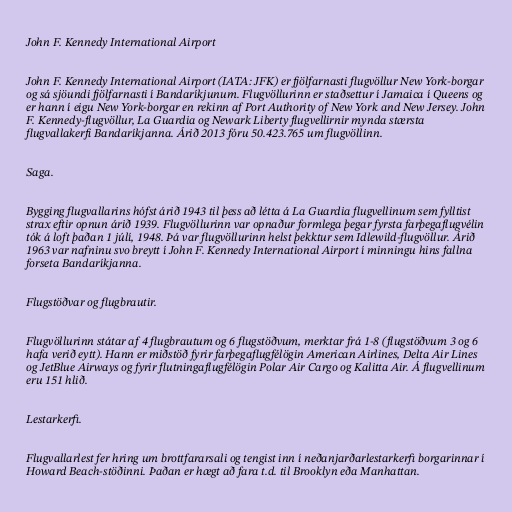
John F. Kennedy International Airport

John F. Kennedy International Airport (IATA: JFK) er fjölfarnasti flugvöllur New York-borgar
og sá sjöundi fjölfarnasti í Bandaríkjunum. Flugvöllurinn er staðsettur í Jamaica í Queens og
er hann í eigu New York-borgar en rekinn af Port Authority of New York and New Jersey. John
F. Kennedy-flugvöllur, La Guardia og Newark Liberty flugvellirnir mynda stærsta
flugvallakerfi Bandaríkjanna. Árið 2013 fóru 50.423.765 um flugvöllinn.

Saga.

Bygging flugvallarins hófst árið 1943 til þess að létta á La Guardia flugvellinum sem fylltist
strax eftir opnun árið 1939. Flugvöllurinn var opnaður formlega þegar fyrsta farþegaflugvélin
tók á loft þaðan 1 júlí, 1948. Þá var flugvöllurinn helst þekktur sem Idlewild-flugvöllur. Árið
1963 var nafninu svo breytt í John F. Kennedy International Airport í minningu hins fallna
forseta Bandaríkjanna.

Flugstöðvar og flugbrautir.

Flugvöllurinn státar af 4 flugbrautum og 6 flugstöðvum, merktar frá 1-8 (flugstöðvum 3 og 6
hafa verið eytt). Hann er miðstöð fyrir farþegaflugfélögin American Airlines, Delta Air Lines
og JetBlue Airways og fyrir flutningaflugfélögin Polar Air Cargo og Kalitta Air. Á flugvellinum
eru 151 hlið.

Lestarkerfi.

Flugvallarlest fer hring um brottfararsali og tengist inn í neðanjarðarlestarkerfi borgarinnar í
Howard Beach-stöðinni. Þaðan er hægt að fara t.d. til Brooklyn eða Manhattan.